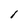
Character: 1